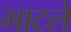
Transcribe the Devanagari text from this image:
भाटले